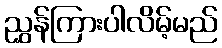
ညွှန်ကြားပါလိမ့်မည်